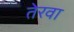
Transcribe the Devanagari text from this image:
तेरवा